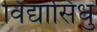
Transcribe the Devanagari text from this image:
विद्यासिंधु